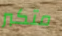
متكبر